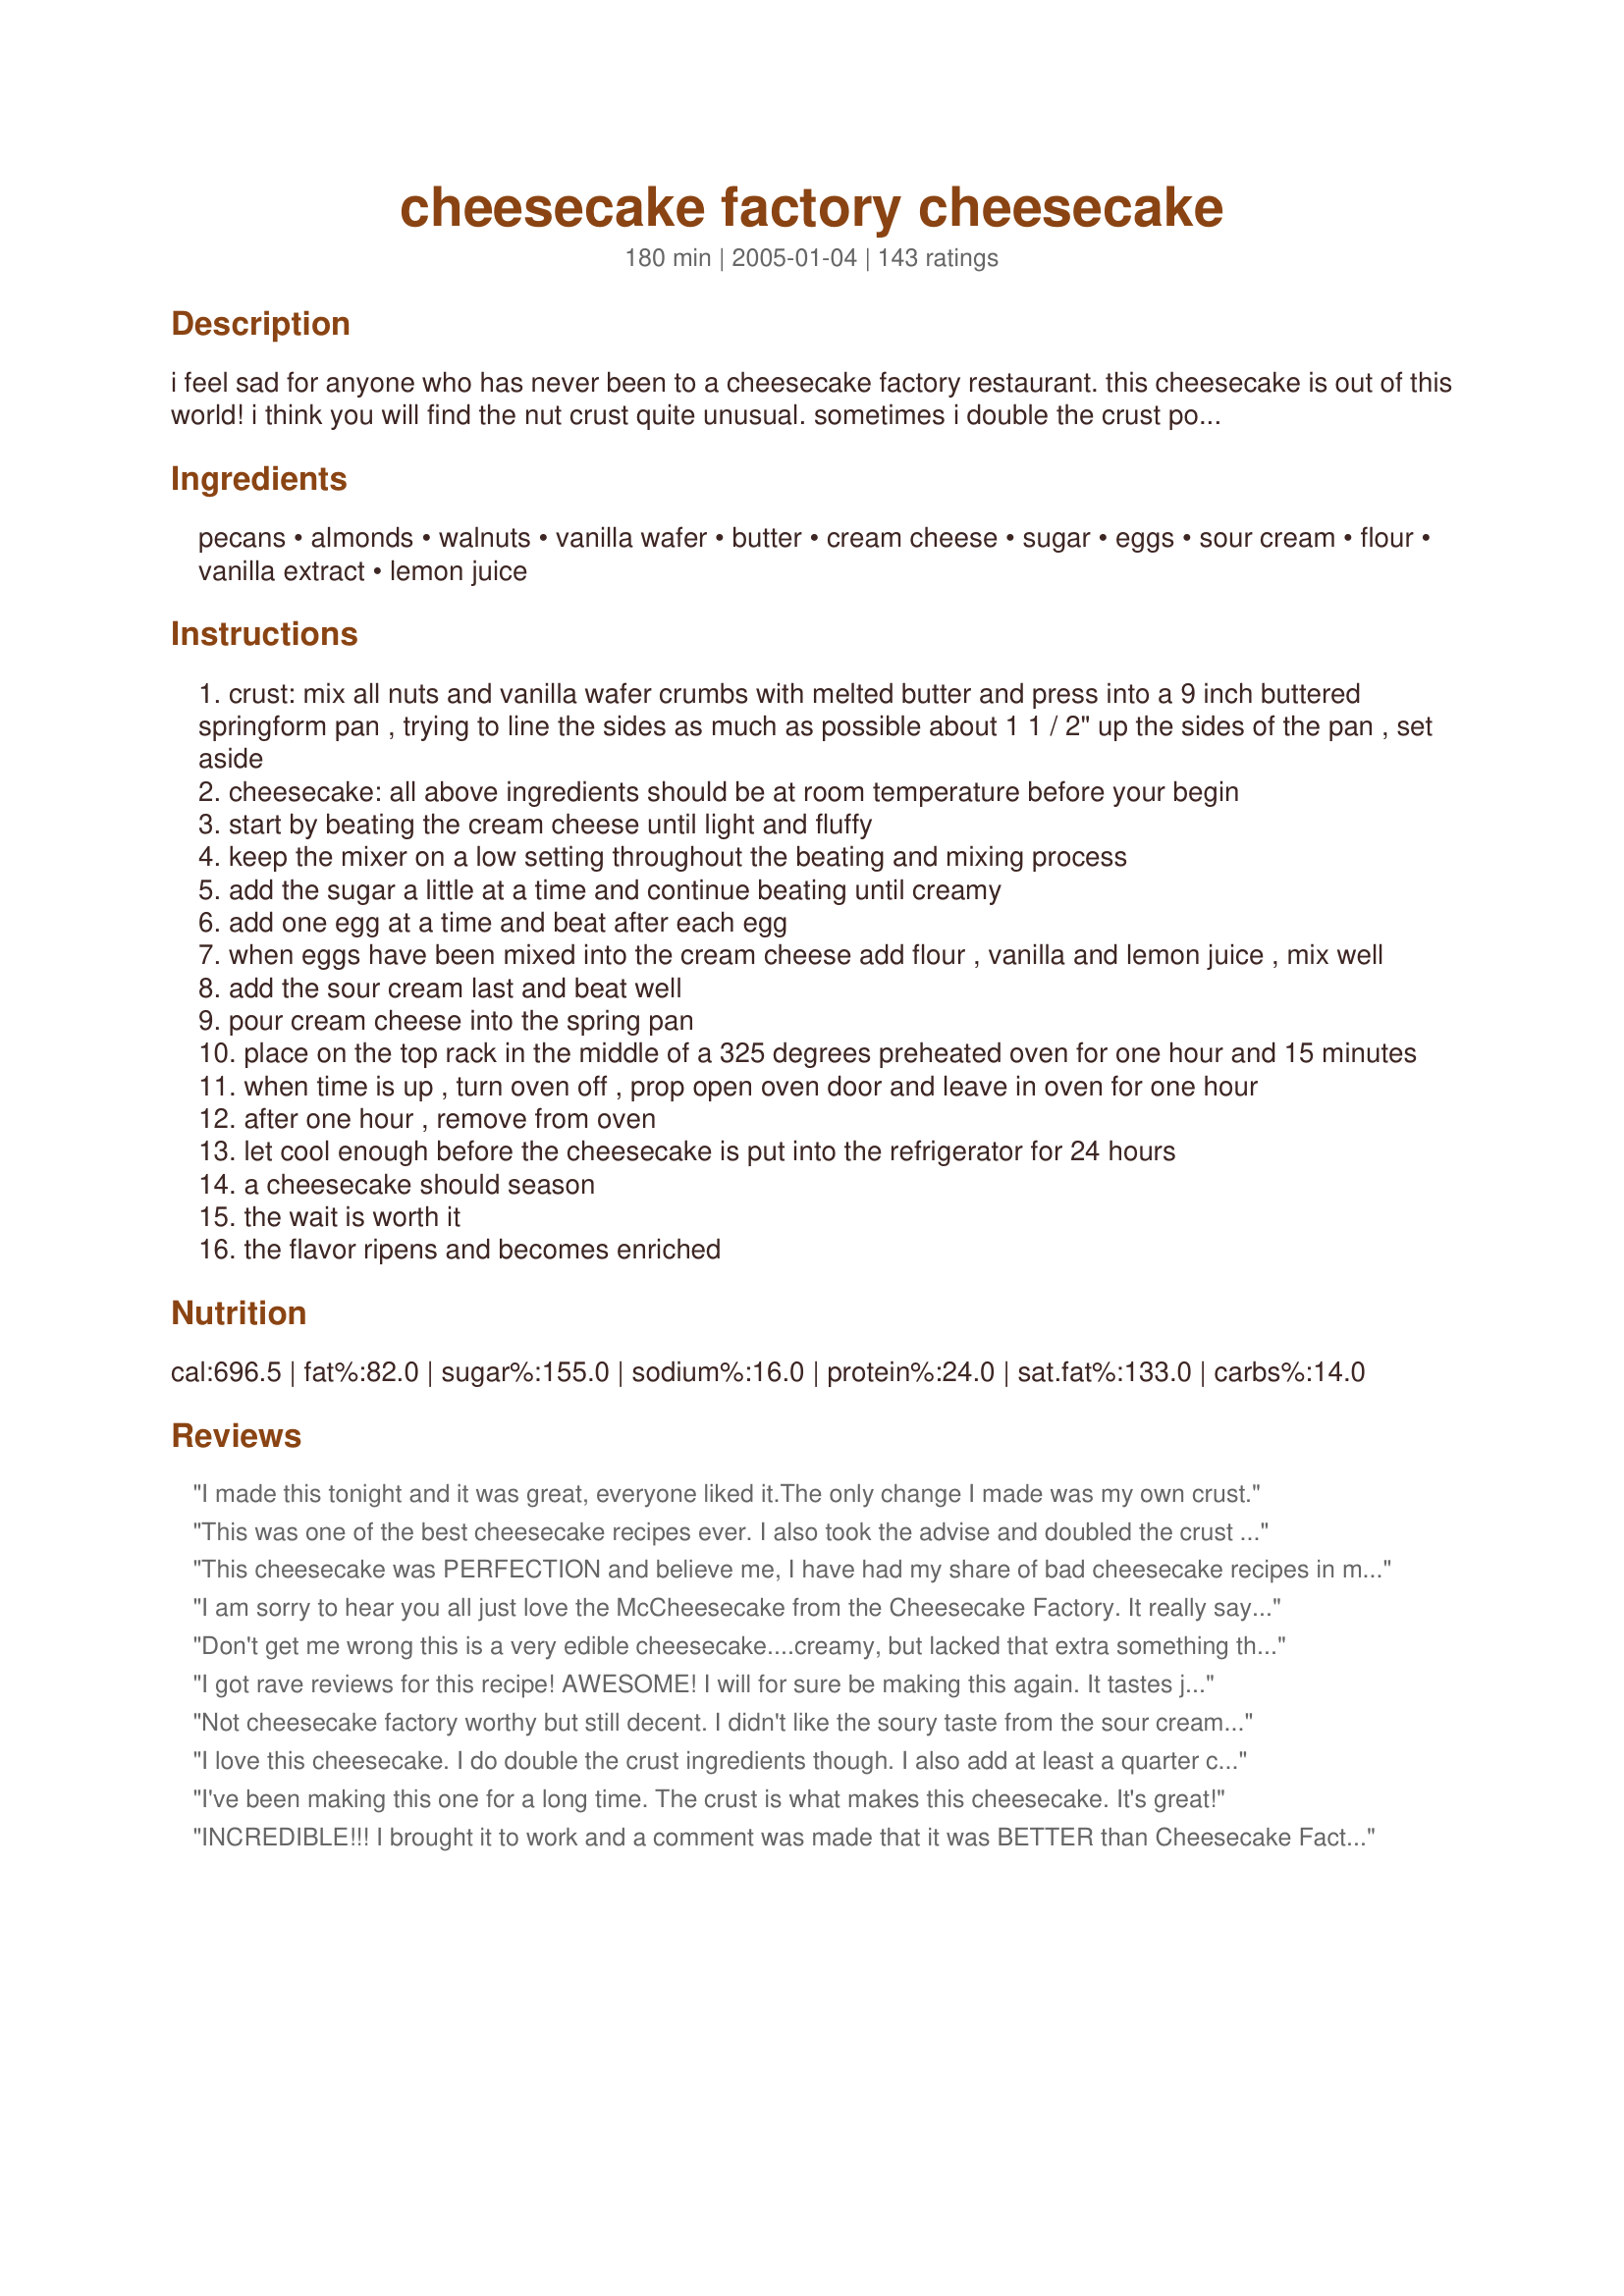
cheesecake factory cheesecake
Preparation time: 180 minutes

i feel sad for anyone who has never been to a cheesecake factory restaurant. this cheesecake is out of this world! i think you will find the nut crust quite unusual. sometimes i double the crust portion of the recipe just so i can have a thicker crust.

Ingredients:
pecans, almonds, walnuts, vanilla wafer, butter, cream cheese, sugar, eggs, sour cream, flour, vanilla extract, lemon juice

Steps:
crust: mix all nuts and vanilla wafer crumbs with melted butter and press into a 9 inch buttered springform pan , trying to line the sides as much as possible about 1 1 / 2" up the sides of the pan , set aside
cheesecake: all above ingredients should be at room temperature before your begin
start by beating the cream cheese until light and fluffy
keep the mixer on a low setting throughout the beating and mixing process
add the sugar a little at a time and continue beating until creamy
add one egg at a time and beat after each egg
when eggs have been mixed into the cream cheese add flour , vanilla and lemon juice , mix well
add the sour cream last and beat well
pour cream cheese into the spring pan
place on the top rack in the middle of a 325 degrees preheated oven for one hour and 15 minutes
when time is up , turn oven off , prop open oven door and leave in oven for one hour
after one hour , remove from oven
let cool enough before the cheesecake is put into the refrigerator for 24 hours
a cheesecake should season
the wait is worth it
the flavor ripens and becomes enriched

Reviews:
I made this tonight and it was great, everyone liked it.The only change I made was my own crust.
This was one of the best cheesecake recipes ever. I also took the advise and doubled the crust recipe. The second time I made it i decreased the amount of sour cream to 10 oz vs 16 and also increased the time by 15 minutes to 1 1/2 hours and it wasn&#039;t as mushy and wet in the middle. I also think using just pecans (vs mix of pecans, almonds and walnuts) tastes much better. The pecan flavor is much richer and more nutty and carmel flavored by itself. Definitely worth the wait to let the flavors blend after 24-48 hours.
This cheesecake was PERFECTION and believe me, I have had my share of bad cheesecake recipes in my day. Velvety smooth, no cracks, great flavor. A+

We made this recipe GLUTEN FREE. Here are the changes: 3/4 cups of your favorite crushed GF
graham cracker style cookies instead of vanilla wafers, and 1/4 cup brown rice flour instead of wheat flour. Also, make certain the brands of sour cream and cream cheese have no wheat ingredients in them

My family had no clue it was gluten free.

I will be making this over and over. Thank you for sharing.
I am sorry to hear you all just love the McCheesecake from the Cheesecake Factory. It really says a lot about the sophistication of your taste buds. To simply rave about a Cheesecake that has the consistancy of freshly made pudding simply says that you do not know what makes a good cheesecake - time. Measured in days not hours to let the moisture evaporate and leave a dense, richly satisfying cake. The Cheesecake factory recipe does not let time do its magic and therefore I rate it a bust.
Don't get me wrong this is a very edible cheesecake....creamy, but lacked that extra something that I'm searching for. Didin't think it tasted like Cheesecake Factory either, but still a good cheesecake.
I got rave reviews for this recipe! AWESOME! I will for sure be making this again. It tastes just like the Cheesecake Factory's. I didn't have all the nuts for the crust, so I made the traditional graham cracker crust you make other cheesecakes with and it was just as wonderful. Thanks for sharing!!
Not cheesecake factory worthy but still decent. I didn't like the soury taste from the sour cream in the recipe (although I know some do).
I love this cheesecake. I do double the crust ingredients though. I also add at least a quarter cup of lemon juice and the zest of 2 lemons because I love lemon cheesecake. I don&#039;t skimp on the cream cheese either. I personally prefer the flavor of Philadelphia cream cheese in the recipe. I also firmly believe a pan of water underneath it is a must!
I've been making this one for a long time. The crust is what makes this cheesecake. It's great!
INCREDIBLE!!! I brought it to work and a comment was made that it was BETTER than Cheesecake Factory! I must say, I learned so much from reading all the reviews. This is really a wonderful recipe and not hard at all. Loved the crust! I topped it with fresh berries. Thanks so much for a real keeper recipe!
I have had cheesecake factory cheesecake several times and I've made this recipe several times also. This recipe is every bit as good if not Better than the real thing. The first time I made it I didn't have the lemon juice so I took my chances and used orange juice concentrate....Wow, what a taste treat! It was so delicious and everyone raved about it so much that I have always made it with orange juice.
Made exactly as directed. This is so good, I love the cheesecake factory (and it cost $8.99 for a piece). This tasted even better 2 days later, thats as long as it lasted. Thanks for a great recipe, I am going to make another one next week for the holidays ( a few days ahead of course).
This is amazing!!!! I am allergic to nuts, so I just used graham crackers for the crust but otherwise, kept the recipe as-is. This is simply delicious, and just tastes better every day!!! Thank you for posting this!!
I made this cheesecake for our Thanksgiving dinner and my family raved about it right down to the last bight. I doubled the crust as we are all nut lovers. I brought along caramel and chocolate to drizzle over the top with extra chopped nuts. Some choose to add the toppings and some preferred it plan. It was delicious either way. For those who had issues with their cake cracking or turning brown too early, it sounds like your oven is too hot. I used to have issues with my oven not maintaining a consistent temperature. I gave up making cheesecakes. With my new oven it was absolutely perfect!
used the filling recipe with chocolate cookie crust. used the idea shown in the photo and made a half chocolate cheesecake and half cheesecake (from this recipe). entered it into a friendly cheesecake baking competition (between my friend and i) and i won due to the taste of this cheesecake. thanks!
This cake was amazing. I made it for my 4 year-olds birthday and she loved it. Actually, we all loved it. It was really fluffy. I did double the crust after reading another review because I like my crust to be almost as high as the cake. I am looking forward to the next Birthday I can make this for (mine).
I made this crust, but I made a different cheesecake for it and yet another recipe for fresh blueberry sauce. The crust was worth it and I totally agree with doubling the recipe.
its amazing, thats all I can say ( gotta go eat some more)
This was the first cheesecake I have ever made. It was DELISH!! I like a lighter cheesecake like this. I put a small oven proof dish with water in oven to help avoid cracks, it worked. I made a blackberry topping to go along with. It was beautiful! I also doubled the graham cracker crust portion of this recipe.
I love this cheesecake! It won rave reviews at our Thanksgiving get together. I had a few little cracks in the top but because I topped it with the Caramel Pecan Bourbon Sauce (recipe 162339) no one noticed!
I just made this recipe for the second time after re-reading the reviews, and wanted to share some important elements that lead to my personal success with this recipe. 1. You MUST use a 9&quot; Spring-form Pan or you will have too much filling. 2. A bain-marie or &quot;hot water bath&quot; is crucial in helping cheesecake to cook evenly and prevent cracking. I usually wrap my spring-form pan in tinfoil, set it in a large, deep cake pan, and add hot water to just below an inch from the top of the pan. Simply adding a pan of hot water in the oven does not have the same effect. 3. I typically do not double the crust ingredients because we don&#039;t care for a thick crust, but I do add extra melted butter and then chill the crust while I&#039;m making the filling. 4. A little lemon zest in the filling adds some wonderful flavor without being overpowering. 5. You should place the cheesecake in the hot water bath on the second to lowest rack in the oven to prevent browning and cracking. This is my family?s favorite cheesecake recipe!
I have never made cheesecake before trying this recipe. I'm glad I tried this one, it was wonderful! I made mine in tart pans, decreased baking time to 25 minutes. They turned out great! <br/>Thanks for the recipe, well written and easy to follow!
I made this for my friend's 30th birthday. A group of us ladies ate in before our night on the town and EACH one of us liked it (lotzzz!) I don't think the crust tastes like Cheescake Factory but I did like the nutty flavor/texture all the same. A keeper for sure! Thanks.
I love the Cheesecake at Cheesecake Factory, so when I saw this recipe on recipezaar I just can't wait to make one. The first one I made there were cracks and it really looked ugly. As far as the taste, it was very very delicious and it tasted just like the original cheesecake factory cheesecake. I read one review said that if you leave a bowl of water in the oven while you baking the cheesecake, that will prevent the cracking. I tried it today and it worked! There is no more cracks.
I didn't think this was alot like the Cheesecake Factory, but it was still very good. Definitely one of the better cheesecakes I've made. Thanks for the recipe.
Oh man! This is the absolute best ever. It is SO creamy. You will have to give some away to keep from eating the whole thing. I have made 3 times now and it is absolutely perfect everytime. I do use a classic graham cracker crust though due to the fact that we aren't crazy about nuts. The only thing is that I don't know how to keep it from cracking on top. Practice I guess. LOL Thanks so much for the wonderful recipe.
Delicious, creamy, light, well-received, and though labor intensive, surprisingly easy to make with the excellent instructions. The nut crust provides a textural and less sweet contrast. For my son's bday we served the cheesecake with fresh strawberries but it's just as scrumptious 'plain' 3 days later:). Be sure to prepare at least 24 hours in advance as the flavors meld with time.
WONDERFUL recipe. I did not use a water bath and it cracked substantially (photo # 11). I am not sure why it looks so uneven but the cake itself was creamy and rich and the crust was to die for.
I love cheesecake factory cheesecake and I must say that this is nothing like that but it is a good cheesecake and I will not use this recipe again I will stick to my own and if I want cheesecake factory cheesecake I will go there thank you.
I doubled the crust using all 3 nut varieties and shortbread cookies, pre-baked it in a 400 degree oven for 10 minutes and let cool while preparing the filling. I also added a few dashes of pumpkin pie spice to the nut/cookie mixture. I always use a 9x13 pan filled with hot water, place it on the rack below the cheesecake while baking to prevent cracks and it worked just as well with this recipe. It's a beautiful cheesecake!
I didn't make this myself but sent it up to my SIL in NY who loves to bake. So, I'll give you her report.

She said she'd give it more than 5 stars if she could. My SIL lives on LI and has been to the Cheesecake Factory about 20 miles away. BUT, the news is, when I was there last summer, they were building about 10 min away.
For those of you who have been to Cheesecake Factory, they are VERY expensive by the slice. She has 6 children ages 30 down to 16 and they loved it too.

I'm going to visit in May and will have to try this place.

But SIL said the whole family loved it.
OMG! If I could give this 10 stars, I would! This cheesecake is to die for!!!!! I will definitely be making this one again!
Made mini-cheesecakes that tasted amazing! Used vanilla cream cookies for the crust and added honey to the filling.
For years I used my mother-in-law's Blender Cheesecake recipe. Then I switched to the Bookbinder's Cheesecake (Vincent Price Cookbook). Now my family's cheesecake of choice is this one. It has a nice texture, great crust and a real "cheesecake" flavor. I make "as is". Thanks for submitting.
Excellent cheesecake recipe! Easy to make and sooo delicious. Thank you!
This is the best cheesecake recipe hands down. I made a Ghirardelli chocolate ganache glaze with a Grand Marnier reduction and everyone loved it. Definitely worth the effort. Also do the pan bath as mentioned to keep from cracking.
I made this cheesecake a few days ago... I actually used about three different recipes. I added vanilla bean to half and cocoa to half. Ended up with a very pretty cheesecake, topped it with caramel and chocolate to make it a turtle cheesecake. It's gorgeous and so good! <br/>About 15 minutes into baking it, I realized the sour cream was still sitting on the counter :(<br/>But it still turned out amazing! Thanks for a great recipe. I will make a gain.<br/>I also took a few other reviewers advice and doubled the crust.
An excellent and easy recipe! Goof-proof, too! I accidently forgot to put in the sour cream, and realized it about 20 minutes into the baking. I pulled it out, gently stirred in the sour cream without disturbing the crust too much, and popped it back in. It turned out great inspite of me!
Delicious! Just like the Cheesecake Factory! I would like to caution everyone to follow the &quot;prop oven door and leave in oven for an hour&quot; step. My mother brought the cheesecake out prematurely and it quickly cracked in 3 after being on the counter for 10 seconds. Also, put the cheesecake in a water bath to avoid cracks.
To minimize cracks, put a shallow pan of water on the bottom rack. Also, this style cheesecake is assuming a large 3" deep cheesecake pan, as opposed to a normal pie pan; a pie pan will hold way less and cook way faster. Also, make sure top rack is just above bottom rack, lower from the heating element is better. This helps keep the top light and even for almost every cheesecake recipe on the market.
I loved it!! I did not want to spend the money on all the nuts so I made another recipe for the crust. Also, I did not get to leave the cake set for the full 24 hours (only like, 8) but it was still GREAT. Can't wait to taste it again tonight--which will mark the full 24 hours!! Thanks for the recipe.
This is the best cheesecake i have ever made. I have many people asking for it all the time
Love this cheesecake and love the crust. Maybe it should have more simple instructions on how to cook. Adjust your temperature according to what kind of pan you are using. I used a glass bottom springform pan made by The Pampered chef. So I took down the temperature by 25&deg; As directed by the manufacturer. Turned out perfect.
XAnnette, An excellent cheesecake outstanding taste, texture and crust. I doubled the crust glad I did I had enough crumb mixture to go up the sides of spring form pan. I have since made this cheesecake about 6 times since I first posted. I like making this cheesecake so much because there is not as much cream cheese and a good deal of sour cream which I find makes a lighter tasting cheesecake. I also use my own baking formula which is for a convection oven 400 degree's for 10 minutes then 250 degree's for 2 hours. Due to our elevation I sometimes in a turned off oven let the cheesecake cool with the door ajar but I have found I need to watch the cake to be sure it does not overcook watch for the "hat" cooked, raised and a very light golden colour around the edges and the center jiggles when the spring form pan is lightly jiggled. I let it ripen in the refrigerator for 2 days before serving! Thanks again XAnnette .
I made this for my husband for Valentines. It was AWESOME!! Fit in my sping pan perfectly. I did bake with a pan of water and it did crack, but once it cooled they crack closed. This is a definite keeper!! Thanks
Yummy!
This cake is splendid, creamy and light texture.I used only four eggs ,one tablespoon of lemon juice and the lemos peel.It is a keeper .Thanks fors sharing
Creamy and light. Not too dense and crumbly like Junior's famous cheesecake to those who have tried it.This is really easy and fun to make even though I had to make my own sour cream from scratch as it isnt available here in Yemen.(or at least I couldnt find it.I will post that recipe soon)I couldnt find pecans so I increased the amount of other ingredients for the crust. ALSO, (sigh) i couldn't find vanilla wafers or graham crackers so I used shortbread cookies. There was too much batter for my 24cm springform pan so i left out about one cup. I used the leftover batter to make small cheesecakes with chocolate chip crust in paper cupcake cups- soo good! I will omit more batter next time cuz when the cheescake was baking it rose to much and cracked on the top. I panicked and pulled it out of the oven and skimmed some off the top with a knife. My oven browned the top too much. I think I will cover it with foil halfay in into baking so it can look like the pics submitted. But i will make this again definitely!
I made this for thanksgiving and was very disappointed. From reading all these other reviews, it must just be me, because I didn't think it was very good at all. The cheesecake sunk and split in the middle and wasn't sweet enough. I am new with making cheesecakes and heard later that if you beat the eggs too much your cheesecake will sink and split. Maybe that was the problem. Didn't really like the crust. I will not try this again. I'm glad everyone else's cheesecakes worked. :) Better luck next time for me, I guess.
My new standard cheesecake. I LOVE the nut crust!
I made this cheesecake when I traveled back home one weekend. By the second day, my cheesecake was gone. My aunt came over and took half of my second cake. The only remark that I have is that my cheesecake cracked in the middle. I don't know why that happened, but I will research it. If anyone knows why this happened, please let me know.
This is an amazing cheesecake, I don't like cheesecake but I had 2 helpings! I've never been to a cheesecake factory so I can't speak for how much it's like theirs but its a really fantastic cheesecake either way. Very fluffy, and surprisingly easy to make, this was my first attempt at making a cheesecake from scratch and it turned out perfectly. Thanks for this recipe! It's definitely a keeper! Note - I used graham crumbs for the crust so I can not rate that park
My husband's favorite dessert is cheesecake, so I made this for birthday last year. We had friends over to partake and they couldn't believe I had made it. They said it tasted store bought. My husband was very pleased with it. I made it again last night as today is his birthday again and it looks great again. We can't wait to eat it tonight. I think the recipe is very easy and delicious! I will make it every year.
I made this to take to work and everyone loved it. The only one who didn't was me. The texture and density were good but I just thought it was missing that cheesecake taste. It was too creamy. I think its because the recipe calls for so much sour cream it dilutes the flavor of the cream cheese. Other people said they liked the fact it was so creamy but to me it tasted bland.
I am Brazilian and I went to Chicago twice. There are two things I had miss - the cheesecake and American Girl Place Chicago, where I made my inner child very happy!<br/>I prepared this recipe in Christmas Eve for the whole family. It was a huge success and I could finally bring to Brazil this delicious flavor! Thank you very much!
Amazing! This was my first attempt at a cheesecake and it was very successful. The only difficulty I had was getting the crust to stay together--next time I will chop the nuts even finer and not melt the butter all the way. It was delicious! Thank you!
This was delicious! I was using this for a cheesecake based dessert, so didn't use the crust. It was very easy to make and huge on flavor. Thanks!
This is fantastic cheesecake ...its the only recipe I use now. Thanks for posting it
I followed this recipe to a T, except I used store bought crust and I doubled the recipe because I wanted to make 2 cheesecakes (one for church and one for home). First of all, the recipe makes WAAAY too much for just one pie. I have a whole bowl of cheesecake mix in my fridge that I dont know what to do with! Second of all, I baked it exactly how the recipe said (and filled it to the top, like stated) and both pies came out burned on the top. The inside was fine, but it was too ugly to bring to church. :( I dont know what I did wrong, but I was so disappointed to have spent $40 on ingredients only to end up with burned cheesecake. So if you are making it, be warned! Constantly check on it in the oven to make sure it isnt burning!!!
WOW! truly enjoyable in every bite! My daughter loved it! added more lemon juice and zest ! Magnificent! Will keep it in my recipe file. Thanks!
What a great cheesecake! It came out perfect. Followed directions exactly, except doubled the crust. Any crust will do, however, I am sure. So don&#039;t sweat about it too much. It tastes expensive and as if it was professionally made. Thank you for sharing.
My cheesecake is done baking and is in the oven cooling now. I don't know what I did wrong. It got dark brown on top and cracked big time. It puffed up a lot before it starting sinking. I hope it tastes better than it looks.
This looks similar to NY Cheesecake. I like the idea of using nuts in place of graham crackers. I think I've made a nut bottom using just nuts before in a pumpkin cheesecake recipe. (many years ago.)
While this doesn't taste like Cheesecake Factory Cheesecake it's still a delicious recipe. I wanted a fluffy, light texture and this is perfect.<br/><br/>I've never cooked cheesecake before so I took the advice I saw in a few of the reviews. The cheesecake turned out perfectly except that it did crack. I didn't care, we just put fruit on top.<br/><br/>I don't have a springform pan so I used a regular pie pan. It made enough batter for two cheesecakes, but I only made one homemade crust, I just used a store-bought crust for the leftover batter.<br/><br/>The tips I found most helpful:<br/><br/>- Double the crust recipe. The thicker crust was great.<br/><br/>- When the time is up turn off the oven, open the over door, and leave the cheesecake in for an hour.<br/><br/>- Put the cheesecake in an air-tight container and let sit for a couple of days. It was so much more moist and fluffy and flavorful than the second one we tried later that night, and we didn't keep that one covered. It dried considerably as a result.<br/><br/>My variations on the crust:<br/><br/>- I only had walnuts and graham crackers on hand for the crust. I also added a bit more butter, some brown sugar, and some cinnamon. Fantastic.
Very soft yet perfect consistency, perfect combination between sweet and sour cheesecake fill and deliciously addictive crust. I made mine with Oreo instead of the vanilla wafer and turned out to be a hit! Topped it with Smucker's chocolate and caramel toppings and some twix chocolates. It was just amazing!!
I haven't tried a cheesecake factory cheesecake but after trying your recipe I don't need to. This is TO DIE FOR!!!! I loved this recipe. I think the crust adds so much to this cheesecake. I too doubled the crust and am so glad I did. DH, who isn't a sweet eater, ate 3 slices thoughout the night. I will most definately make this again....and again.......and again. I can't wait to make this for family at Christmas time. Thank you so much for sharing this with us.....WE LOVE IT.
This is a terrible recipe. The cooking time is probably about 2x too long. The cake was hideously overcooked after only 1 hour in the oven. There is too much egg and sour cream in this; it came out heavy and salty -- more like a savory quiche than a cheesecake. I wouldn&#039;t recommend this to anyone.
We love cheesecake in my family, and when I couldn't find my "tried and true" favorite recipe this weekend, I came here to find a new one to try. I've never made a cheesecake using sour cream or flour in the filling, but decided to trust the reviews and give it a shot. The CRUST is definitely a 5 star worthy change from the usual graham cracker crust and I will definitely use that portion of the recipe again. I doubled it as was suggested, and it was really fabulous. The cheesecake itself baked up beautifully with no cracks, so I had high hopes. Unfortunately when we cut into it, the texture was not the smooth creamy consistency I think of when I think of a great cheesecake. It was a little dry, and though grainy is the only word I could come up with, that doesn't really fit, as the batter was very smooth and not at all grainy. I missed the cheesy flavor that I think was obscured by the sour cream, and I think it was the sour cream that changed the texture into something I didn't like. If you're already one who enjoys using sour cream in your filling, this could very well be a new favorite for you. However, if you're used to a very creamy, smooth, rich flavor, I'd recommend looking for a variety without the sour cream.
This turned out great! i made a crust of graham cracker crumbs, crushed gingersnaps, cinnamon, sugar and melted butter and it went well with the recipe.
Delicious recipe for cheesecake, but I was unsure about one of the steps. After the baking time was up and recipe states to "prop open oven door and leave in oven for one hour", I was unsure whether the oven should be turned off or left on since it did not say. Many recipes say to leave the cheesecake in the oven (turned off) with the door closed for one hr. I turned the oven off and left it in the oven with the door open. It came out perfect. I breathed a sigh of relief as this could have been an expensive mistake. Anyway, it was perfect so hopefully no one else has to wonder the same thing. I received many compliments on this cheesecake so Thanks for sharing.
Definitely worth making!
I saw a couple reviews about the cheesecake burning...that isn't the cheesecake's fault. I've baked this cheesecake every year for the past four years. I've never had an issue with it burning and I follow the cooking times and temp mentioned in the recipe. I've also never had issues with the cheesecake cracking. I don't do anything special. At the end of the cooking time, I open the oven door about an inch and let the cheesecake cool in the oven. My Mom is even impressed that my cheesecake doesn't crack...and she's far more experience in cooking/baking than I am.
I never knew that cheesecake needed to cure. Very helpful tip!!
Oh! My! Gosh! This is THE cheesecake recipe! I can't say much more than that!
I didn't have a spring form pan so I cooked it in a nine-inch round casserole dish and lowered the temp to 315 and cooked a little longer. I had no idea it would rise so much, about 3 inches, so the sides fell onto the bottom of my oven, but the temp and time worked. I am actually going to buy a spring form pan now, so I can make this recipe without it spilling over. Otherwise, this could probably be cooked in two 9-inch casserole dishes, just lower the temp and lengthen the time a bit. Delicious!
This is the only recipe I use to make cheesecake, although I do make some alterations like doubling the crust recipe and putting the pan in a water bath to stop the cracks. I don't know why a reviewer said it's not as good as a Cheesecake Factory cheesecake. It's perfectly sweet and creamy if you follow the directions properly. Having ingredients at room temp is important and will make a difference in the cake's outcome. Beating sugar a little at a time and eggs one at a time makes a difference, too. If you rush to get this in the oven, you won't have as nice a cheesecake as you're expecting.
I have never made a cheesecake before and I was really nervous when I decided to do this one. I have to say the preparation was fairly simple and the cheesecake came out very beautiful. I wish it had been a touch sweeter and it wasn't as smooth of a texture as I wished, but that was probably my fault. Everyone that had a piece went on and on about how good it was and at the end of the night they almost boxed over the last piece. Thanks for the good recipe XAnnette.
Haven't made this cheesecake yet, but plan to. My comment id for the couple of chefs who asked about the cheesecake cracking in the middle. If you bake youe cheesecake in a water bacth, it will prevent that. Also, you could put a small oven safe dish of water in the oven when you bake it (this is waaaay easier than using a water bath). The moisture prevents the cracking.
I hate cheesecake. Not a little, a lot. That said, my family does NOT hate cheesecake,and,in fact, they rather like it. Made this one for my twins' 18th birthday and it is arguably the fluffiest cheesecake I have ever made. I cannot say if it tastes like the Cheesecake Factory version, but my daughter thought it did. All reports were very positive. Made a different crust, with a handful of toasted pecans, graham crumbs and a few leftover wafer cookies. Lovely, no cracks, made exactly as directed and it was perfect. Would not change a thing! Thanks for a successful birthday cake. We topped with strawberries and strawberry gel. Will make again! :]
I served this wonderful cheesecake for a dinner party of 11, the rave reviews were wonderful to hear. I was told to chuck all my other cheesecake recipes and keep only this one. so this is the one and only from now on. Thanks again. xannette you made my day.
This cheesecake was wonderful and tasty. Hubby and kids loved it and so did my co-workers. I would not be able to say whether it resembled Cheesecake Factory. I followed the recipe exactly for the filling and made two minor adjustments- 1st I used a simple graham cracker crust (I didn't have the nuts on hand) and 2nd I wrapped the 9 inch spring form pan in foil and baked it in a large lasagna pan with about an inch of water. (this is what I've done in the past to bake my cheesecakes). I baked it as directed, on the middle rack and let it cool and set. It did not crack a bit. It baked beautifully and was delicious!
Followed the recipe exactly, except I used chocolate graham crackers and butter for the crust. It was the best, creamiest, fluffiest, most delicious cheesecake I&#039;ve ever made. Possibly the best one I&#039;ve ever eaten as well. Thanks!
Loved it- made it for someone else and the reviews were great. I have posted a photo.
Who cares about the crack... I just put strawberry sauce over the top before serving and no one noticed! Grrrrreat cheesecake!
My husband made this for my birthday last week. When it looked a bit runny at the 1 hour point, we got worried. But, we trusted the comments and baked for the recommended time and it was fabulous! At 24 hours it was great....but at the 4th day....it was amazingly creamy....worth the wait!
I made this recipe as stated, it did get a couple of small cracks on the side..no biggie. The nut crust I felt tasted great but I'm not sure I would go through the trouble again, I just think the gram cracker crusts tast similiar enough to not go through the extra effort. I did like the flavor of the cheesecake, very nice flavor. Thanks for posting!
Excellent recipe. I started using this recipe for all my orders I have for gourmet cheesecakes I make. I use this as my base recipe. It is much better than the one I used to use. Thank You for this submission.

Chef Wheeler
This is, by FAR, the best cheesecake recipe I have ever come across. I don't go to the Cheesecake Factory very often ......certainly not often enough to compare this cheesecake to their cheesecake. Honestly, I feel they are, overall, over priced, so I really don't care. Regardless of that, I have made a few cheesecakes over the last several years, and this one BLOWS THEM AWAY. Also very easy to make. **Definitely** put the shallow pan of water on the shelf underneath the cheesecake as it bakes, to avoid cracks in the cake, as another reviewer mentioned. I did so, having learned my lesson about that a few cheesecakes ago...lol...and mine came out beautifully without one crack! Bottom line, I can not stress enough how very DELICIOUS this cheesecake is!! The crust alone is to die for!!! Give it a try!!!
My neighbor made this for my father's on his birthday and it was the best cheesecake I have ever had in my entire life!!!!!!
This is a great cheesecake. I substituted 1 1/2 cups of graham cracker crumbs for the vanilla wafers and nuts in the crust, and I used 1/3 less fat cream cheese instead of regular, but everything else was the same. It takes some time to make this, but it is well worth it. I served it with fresh strawberries; it was delicious.
Fantastic cheesecake! I made this to bring to a Christmas get together. This was the first time I had ever made a cheesecake - it was not difficult to make and came out wonderfully. I made it on Tuesday night for use on Thursday but found that it actually tasted even better on Friday after it had a bit longer to season.
One word to describe this cheesecake, "AMAZING!" I made this cheesecake for my husband's birthday and everyone absolutely loved it! In addition to the cheesecake, I made a homemade whip cream with fresh fruit to go along with it. Superb! As for the crust, I believe two servings should be made. One just isn't enough.
This was my first attempt at a "real" cheesecake. I took other reviews recommendation on doubling the crust ... and I'm very glad I did. It worked perfectly for my 10" cake. I used a water bath but it dried up and the cake cracked. Make sure you use a full pan of water. The cake, however, tasted delicious and you couldn't see the cracks when it was topped with cherry pie filling. The crust was very rich and tasty; much better, in my opinion, to plain graham cracker crust cakes.
This was my first attempt ever at making a cheesecake and it came out looking and tasting fantastic.
Love this cheesecake! Very easy to make and the texture was perfect. Creamy and light, not dense like some others. I only had hazelnuts and crushed them with shortbread cookies for the crust. I'll be making it again this weekend, this time with vanilla wafers. My family is looking forward to the next one.
would not change a thing.WOW!
after trying many recipe's literally in one weekend to find the best this is definatly it
even though i have never been to a cheesecake factory, i still enjoyed this cheesecake! It was really delicious.
The recipe is very good. I made this cheesecake several times and it was a great success. The first time I used less cheese (1 lb instead of 1 1/2 lb) and the cheesecake was more fluffy. The next time I used 1 1/2 lb and it turned more creamy. The crust is fantastic, some people ate the cake for its crust! My friends found this cheesecake lighter than Cheesecake Factory cheesecakes. Thank you, XAnnette!
Awesome recipe! Although I will DEFINITELY be doubling the crust ingredients, it wasn't nearly enough for the sides!! Will be making it again!!!
I made this for my son's 9th birthday. He loves cheesecake, and this did not disappoint! Thanks for sharing
This is my favorite cheesecake recipe. Wonderful balance of flavors.<br/><br/>I recently started using a bain-marie when baking my cheesecakes, and I can't tell you what a difference it's made in my finished product. My cakes make perfectly, look beautiful, and not one crack! If you haven't tried it yet, I'd highly recommend you give it a shot.
I followed the recipe exactly as written. Thought the cheesecake was dry and it came out very unattractive :( The crust recipe was way too little to bring 1 1/2 inches up side of pan and the edges of this cheesecake turned very brow. It was an ok at best cheesecake. But I will NOT use this recipe again :(
This should be 10 stars. This recipe is so fantastic I can't even believe it! I used Lorna Doone Shortbread Cookies rather than the Vanilla Wafers - but that's my personal preference. My cake did not split at all. I served it with a "topping bar" of strawberries, chocolate and whipped cream.
I've never had cheesecake from The Cheesecake Factory, so I can't really compare them, but this was definitely a delicious cheesecake! Very creamy and smooth, and everyone who tried it RAVED about it. The nut crust was different (yet delicious). The ONLY reason I didn't give this recipe five stars is that to me, the cheesecake tasted a little "eggy." Other than that, the texture and flavor were perfect. I'll definitely be making this one again. Thanks for a great recipe!
Love it. No water bath needed.
Just like everyone else is saying: this is amazing. A couple of cautions: I would not even attempt this if you don't own a stand mixer, your arm would be dead by the time you mixed it as much as it needs to be mixed. The longer you mis after each ingredient, the fluffier and lighter it is. I also usually use low fat cream cheese and sour cream and it turns out just as good. I believe someone else said this, but I find the crust to be more work than its really worth, so I usually just use a roll out pie crust and I still get compliments on the crust! One more caution: once you make this once, you will be asked to make it constantly! I brought this to one party and now every time there is an event in my family I always get begged to make cheesecake!
YUM!!!! I followed recipe exactly and it was fantastic. We only let it sit for 24 hours... I can't wait to get home from work today and try it again after it has had longer to sit!
I made this after trying many different recipes. We let it season for 48 hours (seems like an eternity) then tasted heaven. I retried this recipe for a friends birthday he is a cheesecake fanatic now he requests this on all special occasions. My wife loves it so much that I have to make one every month.
Delicious! I made it with a regular (but thick) graham cracker crust and served a blueberry-lemon sauce on top. Make sure you "season" it overnight-it really makes all the difference in the texture and creaminess.
If you've never had Cheesecake Factory you'll love it. If you have, it won't measure up. I also recommend you double the crust ingredients since I didn't and it nearly wasn't enough crust to accommodate all the batter. It does taste better with age, so allow 1-2 days before dipping in. Fluffy and all, but lacked a certain sweetness, creaminess and smoothness Cheesecake Factory Cheesecake has. My guests nor I were really impressed. Hit or miss for me.
This is the best cheesecake I have ever made,so creamy and the taste is amazing!I also added strawberry sauce to the batter to give it that swirl effect,it was ok but I think I like the plain cheesecake better.It makes a nice high cheesecake.Great tasting crust too.Excellent!
This IS the best cheesecake I've ever had! It tastes even better than Cheesecake factory. I followed the directions exactly and it turned out perfect. I made it for Easter and EVERYONE said it was the best they have ever had. I'll always use this recipe. Thank you!
I've baked cheesecakes for 20+ years. I never butter than pan. I never use graham cracker crumbs. I have used vanilla wafers, multigrain Cherrios, yes cereal and Keebler Sandies. I even used Walker's shortbread but it's too greasy. I use more cream cheese, dumped the sour cream and used less eggs.. The first time I ever made one, I used 4 and tasted like scrambled eggs. Some people use cornstarch or flour. I don't think it's necessary. I used a cream cheese the other day called Hahn, and also GV(Walmart brand). One of the two or maybe both ruined it so I went back to using Gordon Food Service cream cheese. It's just as good as Philadelphia. Next time I'm using a wooden spoon to cool the cake because I had one crack today. I cooled it in the oven , for an hour like I always do, one top of the counter for an hour and then put in fridge. Came home from work and it was cracked. Annoying because it had a baked on candy topping. Someone explain if you would, the purpose of so many eggs.
Wow this had the most amazing texture!! I made this for my mom for mother's day and she absolutely LOVED it! I made a cheesecake that was half plain (this recipe) and half dark chocolate but used the crust and baking directions for the dark chocolate cheesecake recipe and it came out perfect! I also swirled the two and garnished with some extra cheesecake batter and chocolate shavings--it looks amazing! (See my photo). Great recipe--thank you!
I've never been to a Cheesecake Factory resturant so I can't say for certain if this is an acurate copy-cat recipe, but this is definetly one of the best cheesecakes I've made! I love nuts so I was especially fond of the crust. I didn't have walnuts on hand so I chopped up some hazelnuts to add in with the pecans/almonds. I was nervous when it only called for 2 T. of butter because I thought it would never set, but it came off the bottom of the spring form better than most graham crusts without the crumbling and the flavor was unbeatable. The cheesecake itself came out moist, rich and creamy. This is going into my recipe collection and I know it will be one I bring out to make for guests.
I have made many different cheesecakes and this is the best by far. I received absolutely rave reviews from my DH and from my boss. It is now requested by everybody. I use it as a base and do add-ins.
Yum!! What a great cheesecake recipe! I will look no further for a "plain" cheesecake recipe, though it's anything but plain:) My only complaint was that my cheesecake cracked. I looked up some tips on avoiding cracks in cheesecakes and one suggestion was to mix everything in by hand following adding the eggs, as continuing to use your mixer can beat in too much air. I think I'll try that next time to see if it works. Changes - I don't like nuts so I just made a standard graham cracker crust. Served with a blueberry topping. Thanks so much for posting!
This was my first.,..and probably last attempt at cheesecake.nnindont know if you people actually made this cake or just said you did, but there is NO WAY this mixture fits into a 9" springform pan. Not knowing any better (my first attempt), I filled this pan all the way to the top and it has now risen 1" above the edge of the pan and cracked big time. <br/>For this of us who are trying a recipe for the first time, please be honest with your stars and comments. Tomorrow is Thanksgiving and I have no cheesecake to serve...my granddaughter's favorite :(
Everyone LOVED this! I used graham crackers instead of nilla wafers. I put a pan of water on the bottom rack and had no cracks. Used a 10 in springform pan.
One of the best cheese cakes that I have had home made. Not quite as good as the Cheese Cake Factory but very good. I did not purchase the nuts for the crust instead I used 1 1/2 cups of the vanilla wafers crushed... that turned out to be only a thin crust so if you want it thick you definately need to use more. But overall very very good.
I made this for a Valentine treat for my husband&#039;s work. It got raving reviews! However, the next time I make a cheesecake, I will opt for a recipe with a stronger tasting cream cheese flavor. I believe the sour cream might have tamed that out. I love the sharpness of the &quot;old school&quot; cheesecakes. I also missed the more traditional graham cracker crust. This was a good cake, but as a personal preference, not a the best one for me.
This is the best cheesecake recipe I've ever tried. I use a ginger snap crust instead, it adds a nice zip to it.
I followed to the letter. Virtually no flavor, and I am not at all a picky eater. Three boys who barely touched. I feel terrible giving a bad review, but was for an early Easter for my son who was home from college. So, it was a huge disappointment.
I made it exactly as described and it was amazing! I found nothing wrong with it and was very happy. I really liked the nutty flavor of the crust. Thank you!
I made this for a small dinner gathering and thought I would have plenty left....WRONG! Very well received and everyone was excited with the cherries and fudge drizzle topping.
Could you tell what temp you cooked the mini cheesecakes at?
This was sooo good! I made exactly as directed, adding the water in the oven in a small pan. It was so gorgeous when I opened the door fo the final hour but suffered a MAJOR crack through the middle when it was finally done. Oh well! Still great!
This is a really good cheesecake. I made it for a friends birthday but quartered the recipe. This time--for Christmas-- I am making a white chocolate mousse and adding vanilla bean to the filling. Really good recipe and alot cheaper than getting it from Cheesecake Factory. Thanks so much.
P.S Letting it sit overnight or a few days is really worth the wait. It taste so much better.
I too never made a cheesecake before. Unfortunately my spring form pan leaked while in the oven so it made a bit of a mess. Next time I am going to put a pan underneath. But everyone went nuts for this! I made this and a family favorite apple cake for a party. The entire cheesecake was gone and the other cake was barely touched. Rave reviews from all and many requests for me to make it again!
This was an easy recipe to follow and it produced a beautiful to look at cheesecake. My 9" spring form pan wasn't big enough to accommodate all of the batter so I ended up with enough left over to make a 9 x 9 pan of bars as well. I baked both the bars and the cheesecake at the same time and it took approximately 45 minutes at 325. As far as taste goes, it was good, but lacked the creaminess and sweetness of a Cheesecake Factory cheesecake. The flavor "matured" a wee bit after a couple of days but would still be considered on the bland side in my humble opinion.
Cheesecake should NEVER turn brown on top, and should never crack, this is all controled by temperature, and water bath, I have been baking cheesecakes for ten (10) years never cracked one, or had one turn brown, and I remove the cake from the oven, after baking time, and cool on a rack, before putting into the fridge
Fantastic! I made this last week for an office birthday party with the addition of small cut up bits of brownie in the cheesecake, per a request. It disappeared so fast! One co-worker said it was the best cheesecake she'd ever eaten, and believe me she's tried a lot! Anyway, another is baking in the oven as I type this review, this time for DH's office. Easy to put together with a lovely final texture and taste.
Made this for Thanksgiving and it was great! I still had a huge crack in the center despite doing all the "tricks" to prevent it, but it didn't alter the taste at all. Maybe all have to attempt it again.
This cheesecake is OK. It does
not taste at all like the Cheesecake Factory Cheesecake.
Not crazy about the crust at all.
It's really no more special then the other cheesecakes I have made in the past. Gave some to my family and they were not impressed at all.
Cheesecake Factory. Overpriced and very mediocre food.
thank you very much for your recipe, it taste so good! it was my very first time to bake a cheesecake and i'm amazed it turned out perfect and yummy! i feel great being able to make my own cheesecake just like Cheesecake Factory's :) i doubled by the way the ingredients for the crust coz my husband likes nuts :) i shared your recipe to my best friend, she and her family loved it too!
It was simple and delicious!! Even better the second day. I topped it with cheery pie filling so good, my mouth is watering!
This is cheesecake to die for i want to give more than 10 stars thank you so much for share this recipe
soooooooooooooooooooooooooo gooooooooooooooood!<br/>so easy!<br/>so cheap!<br/>i looooooooooooooooooooooooooved it!!!!!
This was a big hit! I made it for a lady at work for her birthday. Fantastic! I lost my recipe and have tried several and haven't found one I liked till now!!! Thank you for posting this. Not only was it good but it was easy to make.
This cheesecake is amazing. I made it for my co-workers and they could not stop talking about it. I was worried about the crust but it turned out wonderfully. Mine did crack when it was cooling. I ended up topping it with strawberries. It is pretty easy to make and tastes amazing!
AMAZING RECIPIE. I did tweak it a little to suit my tastes.

I only used 1 pk. of NeufchÃ¢tel and 1 pk. regular cream cheese.

I used 4 cage free omega3 eggs instead of 5 because someone said it tasted too eggy.

I cut the sugar back to only 1 1/4 cup and used 1/2 lowfat and 1/2 regular sour cream.

It came out very moist a little less dense and rich than most cheesecake but it still was awesome with a little lower fat content. I LOVED IT!! THANKS
followed the filling recipe to the letter. i will say that it does have a slightly "grainy" texture and was not as creamy or tasteful as i had hoped. i suspect the sour cream could have been party to blame, as it was a large amount for this recipe.<br/><br/>this also made enough for 2 cheesecakes, there was a ton of filling! i will say that it indeed does taste much better after refrigerating for 24 hours, but next time i will try a different recipe!
My family loved this cheesecake. It's really easy, too. Thanks for making my cheesecake baking experience a great one!
